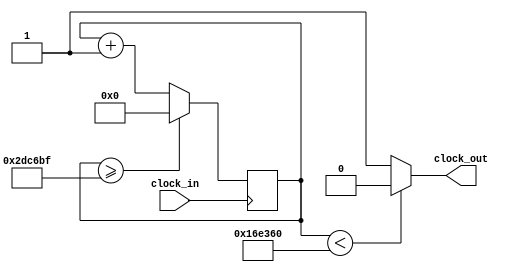
`timescale 1ns / 1ps
//////////////////////////////////////////////////////////////////////////////////
// Company: 
// Engineer: 
// 
// Design Name: 
// Module Name: clock_divider_3
// Project Name: 
// Target Devices: 
// Tool Versions: 
// Description: 
// 
// Dependencies: 
// 
// Revision:
// Revision 0.01 - File Created
// Additional Comments:
// 
//////////////////////////////////////////////////////////////////////////////////

module Clock_divider_3(clock_in,clock_out
    );
input clock_in; // input clock on FPGA
output clock_out; // output clock after dividing the input clock by divisor
reg[27:0] counter=28'd0;
parameter DIVISOR = 28'd3000000;
always @(posedge clock_in)
begin
 counter <= counter + 28'd1;
 if(counter>=(DIVISOR-1))
  counter <= 28'd0;
end
assign clock_out = (counter<DIVISOR/2)?1'b0:1'b1;
endmodule